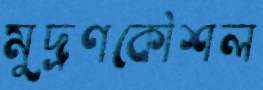
মুদ্রণকৌশল